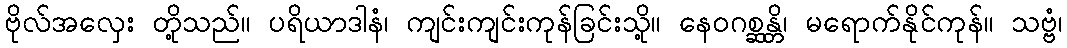
ဗိုလ်အလှေး တို့သည်။ ပရိယာဒါနံ၊ ကျင်းကျင်းကုန်ခြင်းသို့။ နေဝဂစ္ဆန္တိ၊ မရောက်နိုင်ကုန်။ သဗ္ဗံ၊